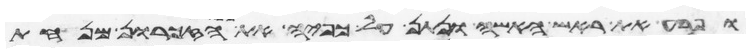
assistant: ופרע את ראש האשה ונתן על כפיה את מנחת הזכרון מנחת